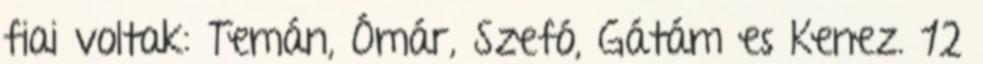
fiai voltak: Temán, Ómár, Szefó, Gátám es Kenez. 12